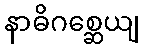
နာဓိဂစ္ဆေယျ